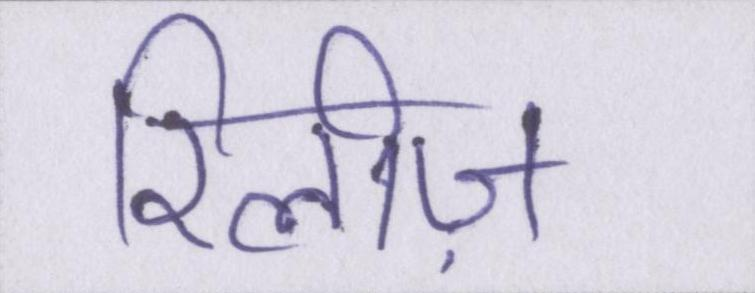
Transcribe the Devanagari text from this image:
रिलीज़